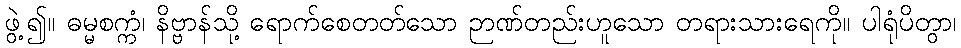
ဖွဲ့၍။ ဓမ္မစက္ကံ၊ နိဗ္ဗာန်သို့ ရောက်စေတတ်သော ဉာဏ်တည်းဟူသော တရားသားရေကို။ ပါရုံပိတွာ၊